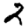
Digit: 2